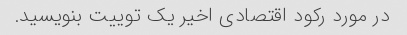
در مورد رکود اقتصادی اخیر یک توییت بنویسید.